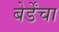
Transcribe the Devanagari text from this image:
बेर्डेंचा